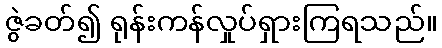
ဇွဲခတ်၍ ရုန်းကန်လှုပ်ရှားကြရသည်။